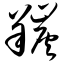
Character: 羰